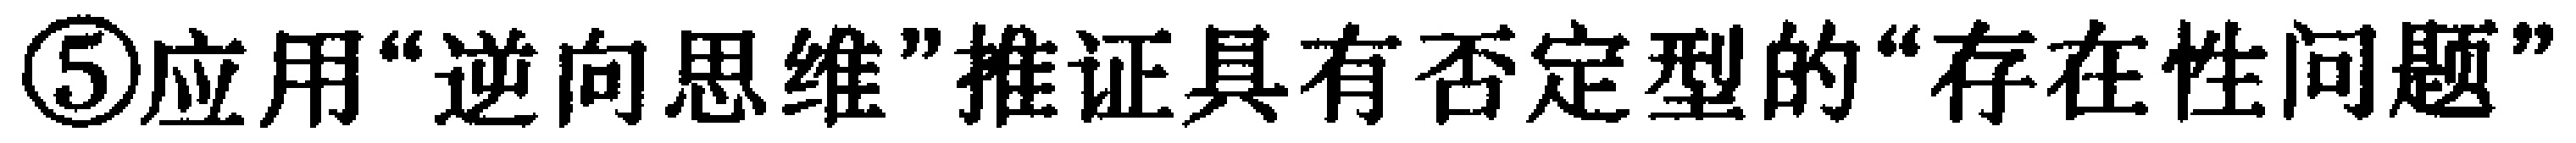
\textcircled{5}应用“逆向思维”推证具有否定型的“存在性问题”